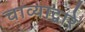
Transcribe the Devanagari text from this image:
चाव्याद्वारे